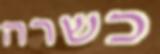
כשרה